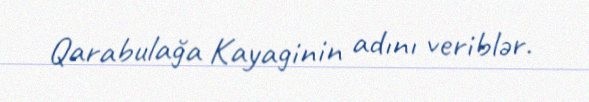
Qarabulağa Kayaginin adını veriblər.